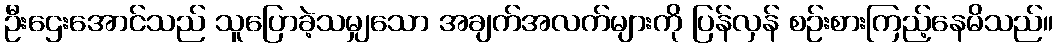
ဦးဌေးအောင်သည် သူပြောခဲ့သမျှသော အချက်အလက်များကို ပြန်လှန် စဉ်းစားကြည့်နေမိသည်။